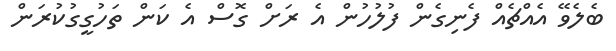
ބެލެވޭ އެއްޗެއް ފެނިގެން ފުލުހުން އެ ރަށް ގޮސް އެ ކަން ތަހުގީގުކުރަން